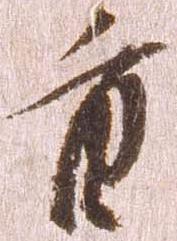
重